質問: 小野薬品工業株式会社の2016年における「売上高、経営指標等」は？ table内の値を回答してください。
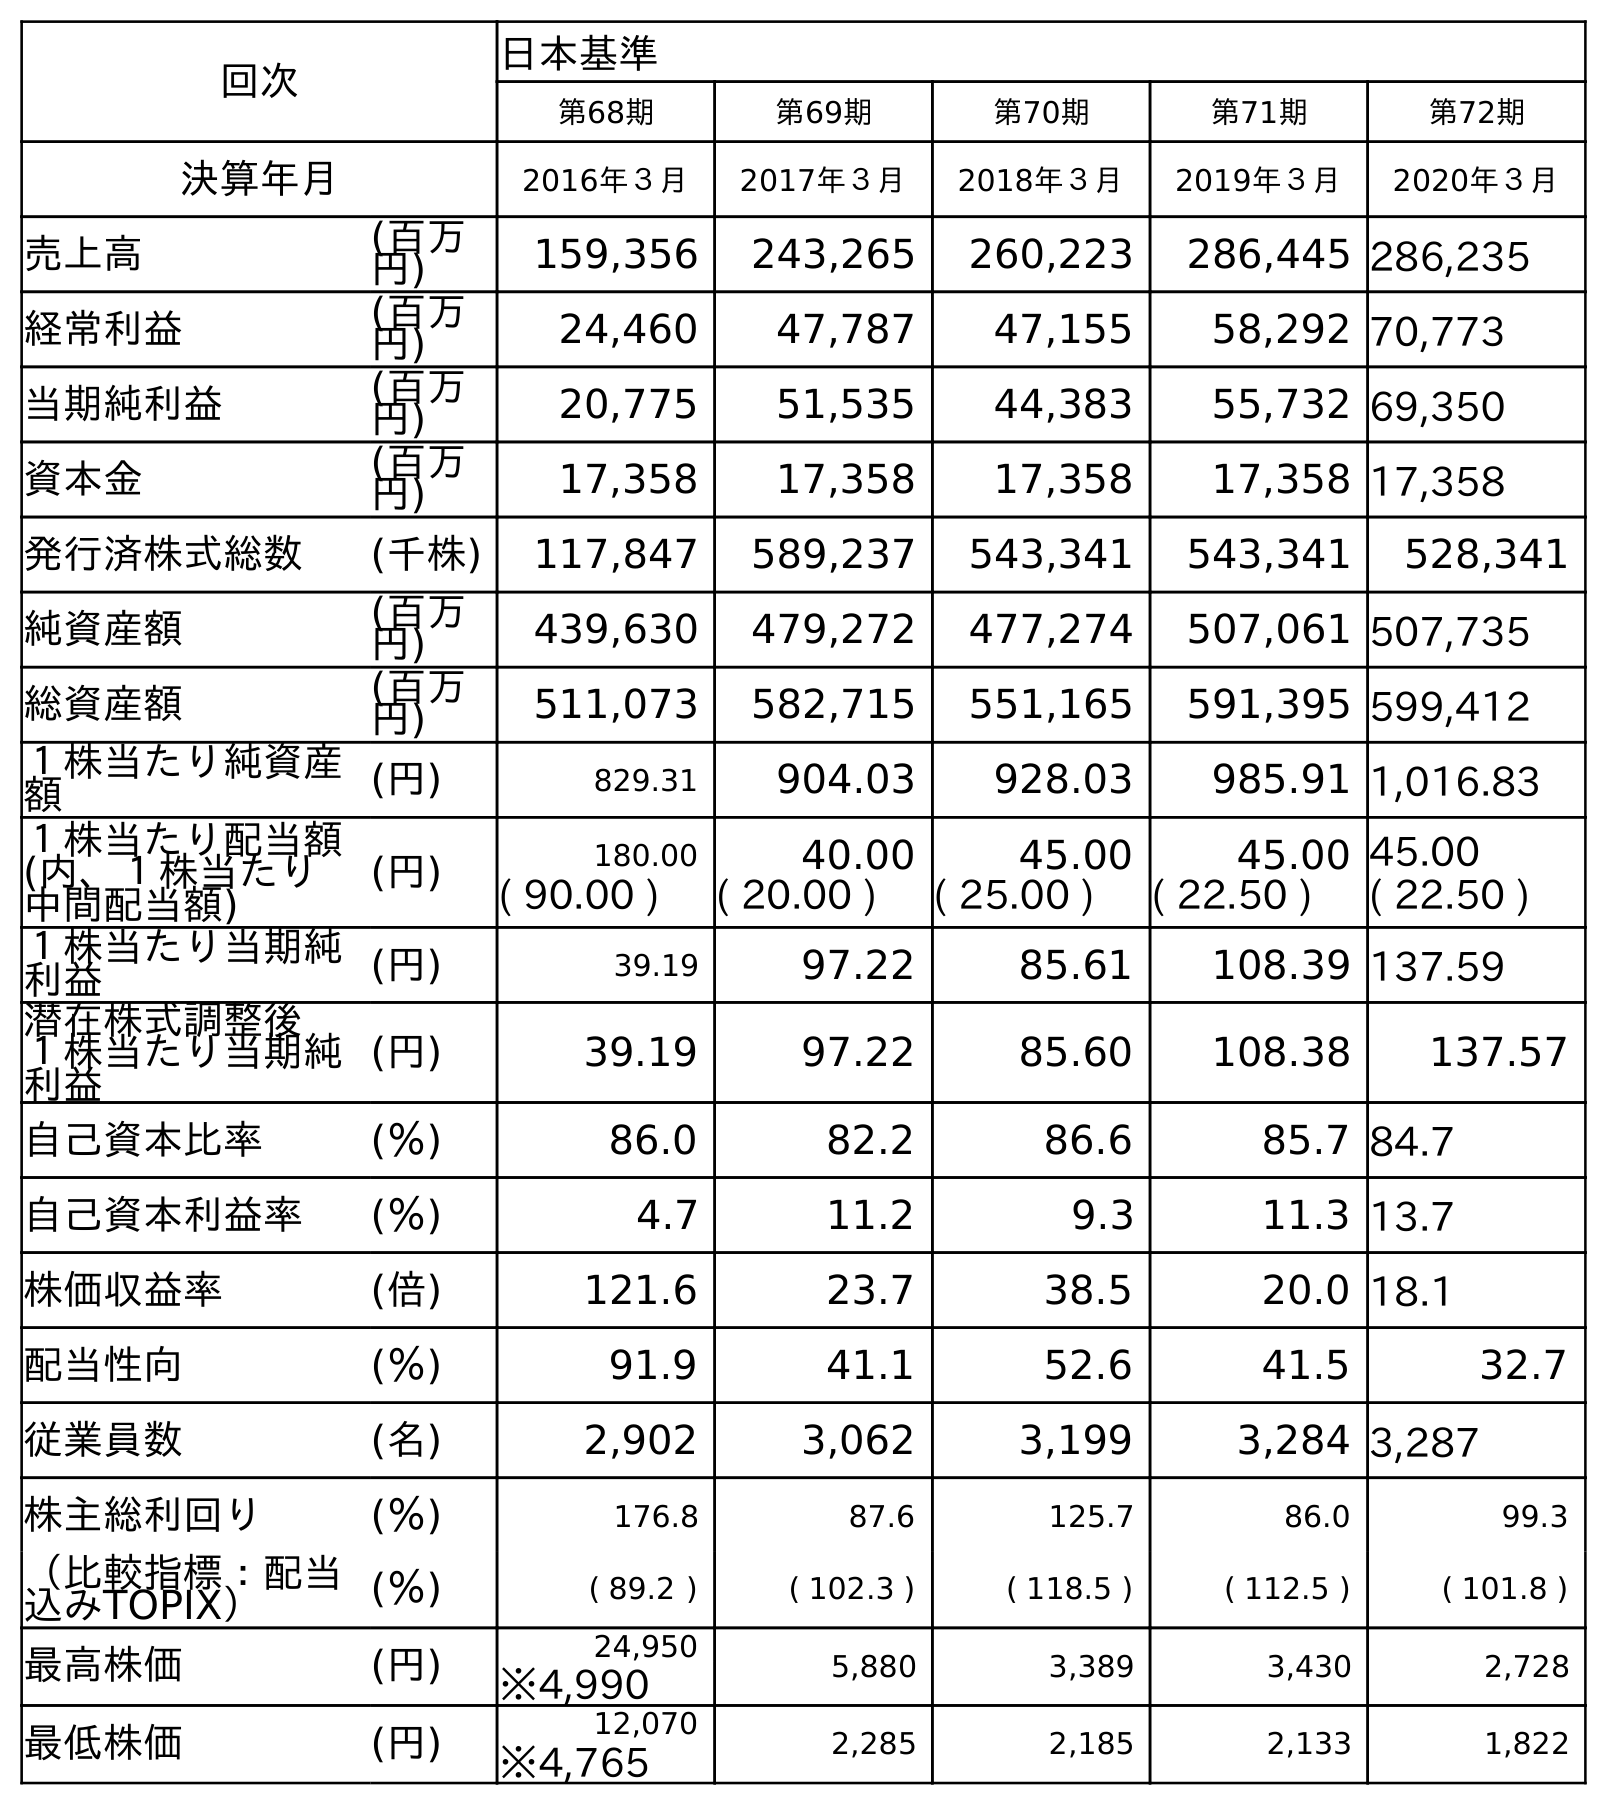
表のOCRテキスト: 回次 日本基準 第68期 第69期 第70期 第71期 第72期 決算年月 2016年３月 2017年３月 2018年３月 2019年３月 2020年３月 売上高 (百万 円) 159,356 243,265 260,223 286,445 286,235 経常利益 (百万 円) 24,460 47,787 47,155 58,292 70,773 当期純利益 (百万 円) 20,775 51,535 44,383 55,732 69,350 資本金 (百万 円) 17,358 17,358 17,358 17,358 17,358 発行済株式総数 (千株) 117,847 589,237 543,341 543,341 528,341 純資産額 (百万 円) 439,630 479,272 477,274 507,061 507,735 総資産額 (百万 円) 511,073 582,715 551,165 591,395 599,412 １株当たり純資産 額 (円) 829.31 904.03 928.03 985.91 1,016.83 １株当たり配当額 (内、１株当たり 中間配当額) (円) 180.00 40.00 45.00 45.00 45.00 ( 90.00 ) ( 20.00 ) ( 25.00 ) ( 22.50 ) ( 22.50 ) １株当たり当期純 利益 (円) 39.19 97.22 85.61 108.39 137.59 潜在株式調整後 １株当たり当期純 利益 (円) 39.19 97.22 85.60 108.38 137.57 自己資本比率 (％) 86.0 82.2 86.6 85.7 84.7 自己資本利益率 (％) 4.7 11.2 9.3 11.3 13.7 株価収益率 (倍) 121.6 23.7 38.5 20.0 18.1 配当性向 (％) 91.9 41.1 52.6 41.5 32.7 従業員数 (名) 2,902 3,062 3,199 3,284 3,287 株主総利回り (％) 176.8 87.6 125.7 86.0 99.3 （比較指標：配当 込みTOPIX） (％) ( 89.2 ) ( 102.3 ) ( 118.5 ) ( 112.5 ) ( 101.8 ) 最高株価 (円) 24,950 5,880 3,389 3,430 2,728 ※4,990 最低株価 (円) 12,070 2,285 2,185 2,133 1,822 ※4,765
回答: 159,356